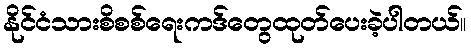
နိုင်ငံသားစိစစ်ရေးကဒ်တွေထုတ်ပေးခဲ့ပါတယ်။